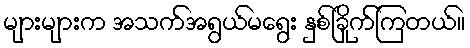
များများက အသက်အရွယ်မရွေး နှစ်ခြိုက်ကြတယ်။